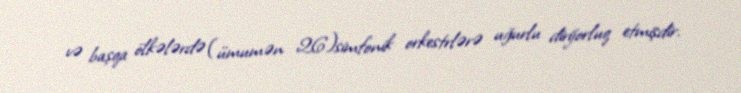
və başqa ölkələrdə (ümumən 26)simfonik orkestrlərə uğurlu dirijorluq etmişdir.